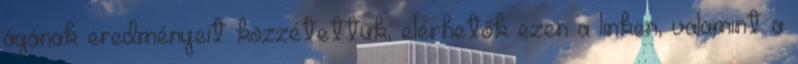
ágának eredményeit közzétettük, elérhetők ezen a linken, valamint a